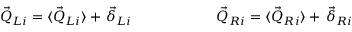
\begin{array} { r } { \vec { Q } _ { L i } = \langle \vec { Q } _ { L i } \rangle + \, \vec { \delta } _ { L i } \qquad \qquad \qquad \vec { Q } _ { R i } = \langle \vec { Q } _ { R i } \rangle + \, \vec { \delta } _ { R i } } \end{array}